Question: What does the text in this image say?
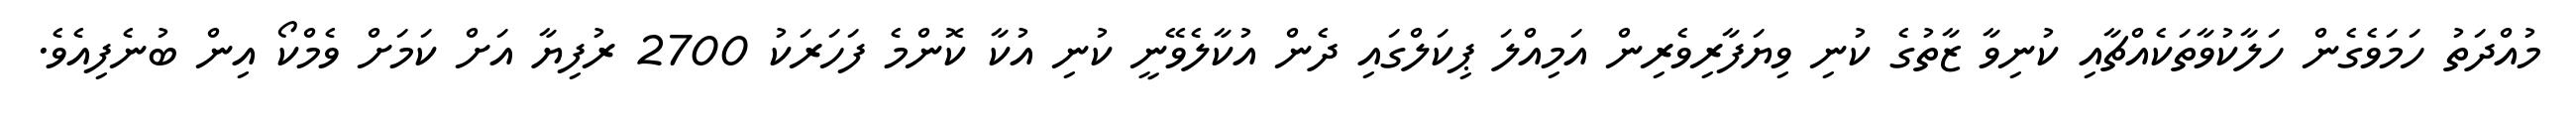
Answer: މުއްދަތު ހަމަވެގެން ހަލާކުވާތަކެއްޗާއި ކުނިވާ ޒާތުގެ ކުނި ވިޔަފާރިވެރިން އަމިއްލަ ޕިކަލްގައި ދެން އުކާލެވޭނީ ކުނި އުކާ ކޮންމެ ފަހަރަކު 2700 ރުފިޔާ އަށް ކަމަށް ވެމްކޯ އިން ބުނެފިއެވެ.